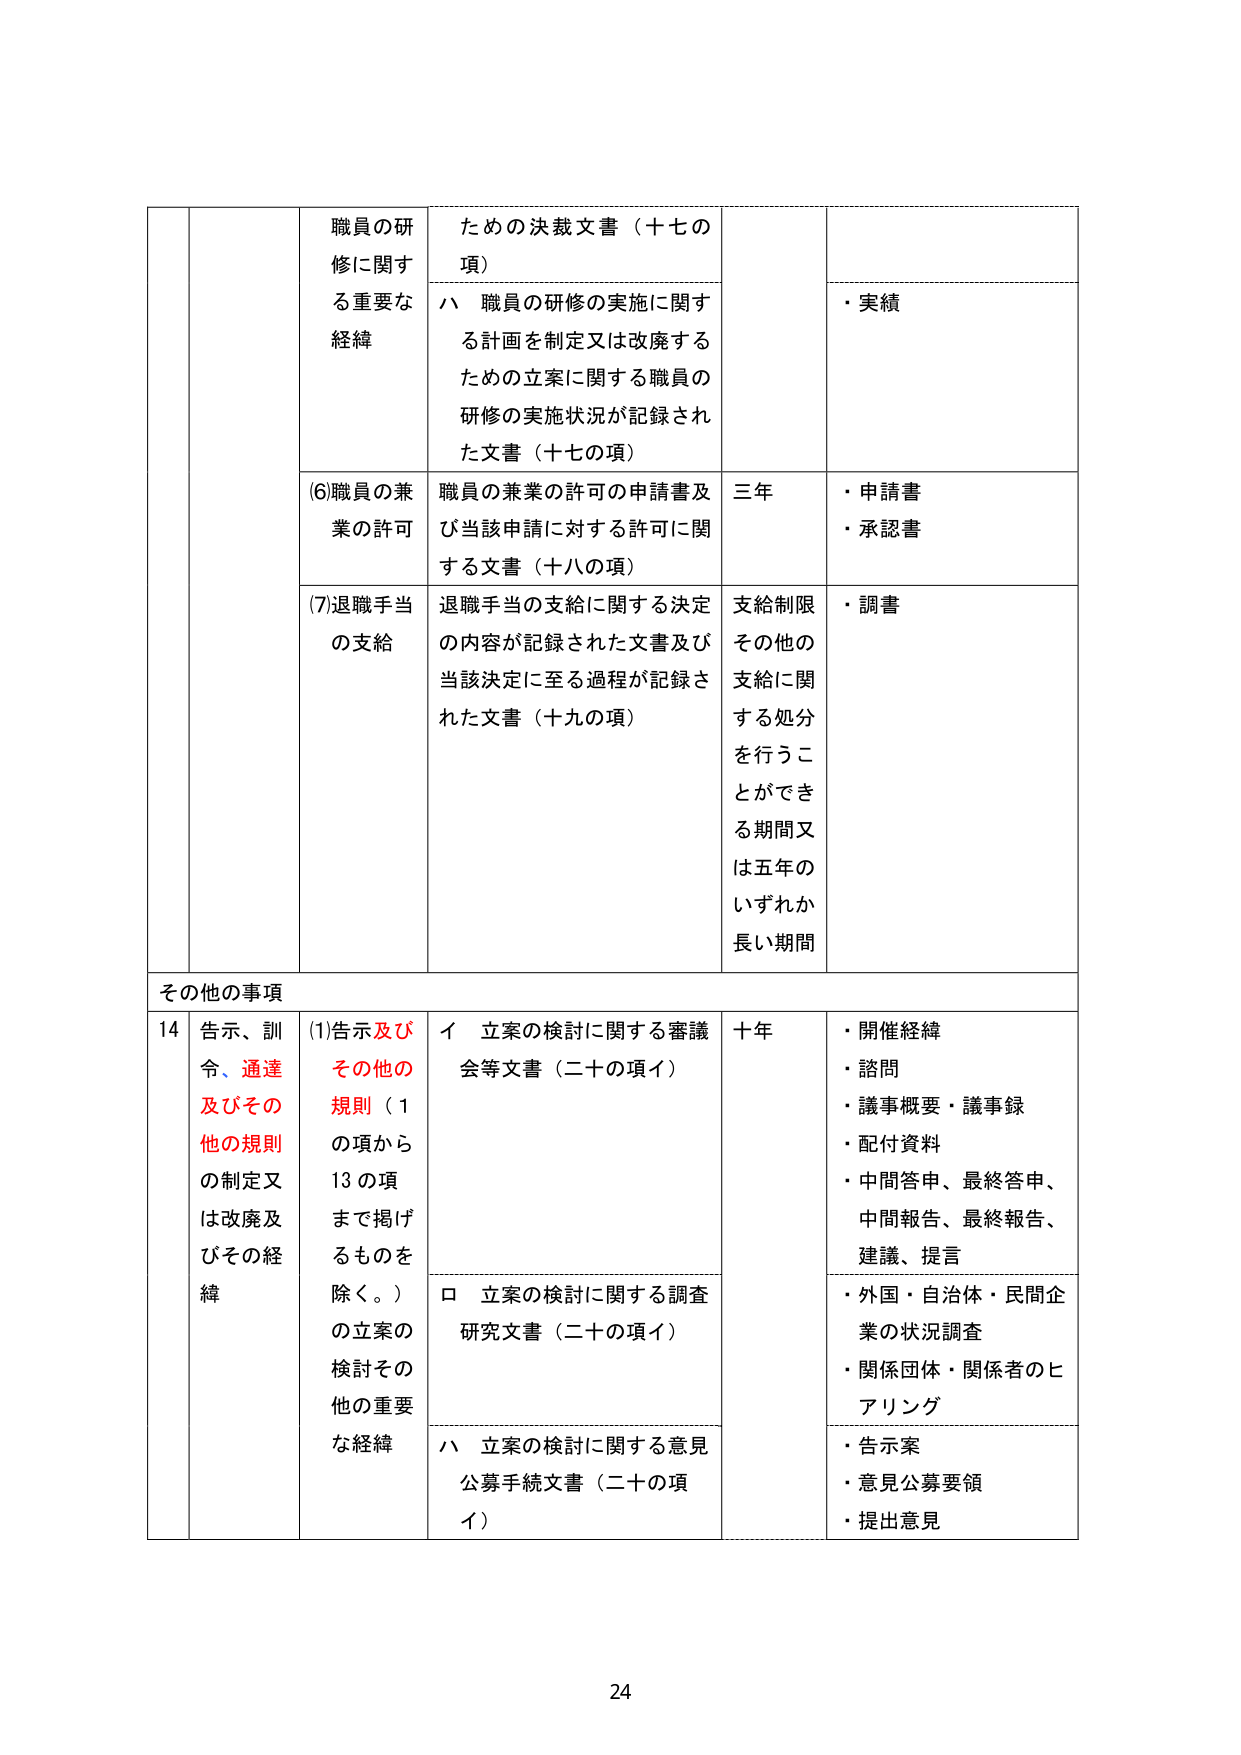
職員の研修に関する重要な経緯
ための決裁文書（十七の項）
・実績
ハ 職員の研修の実施に関する計画を制定又は改廃するための立案に関する職員の研修の実施状況が記録された文書（十七の項）
(6)職員の兼業の許可
職員の兼業の許可の申請書及び当該申請に対する許可に関する文書（十八の項）
三年
・申請書
・承認書
(7)退職手当の支給
退職手当の支給に関する決定の内容が記録された文書及び当該決定に至る過程が記録された文書（十九の項）
支給制限その他の支給に関する処分を行うことができる期間又は五年のいずれか長い期間
・調書

その他の事項
14 告示、訓令、通達及びその他の規則の制定又は改廃及びその経緯
(1)告示及びその他の規則（1の項から13の項まで掲げるものを除く。）の立案の検討その他の重要な経緯
イ 立案の検討に関する審議会等文書（二十の項イ）
十年
・開催経緯
・諮問
・議事概要・議事録
・配付資料
・中間答申、最終答申、中間報告、最終報告、建議、提言
ロ 立案の検討に関する調査研究文書（二十の項イ）
・外国・自治体・民間企業の状況調査
・関係団体・関係者のヒアリング
ハ 立案の検討に関する意見公募手続文書（二十の項イ）
・告示案
・意見公募要領
・提出意見

24